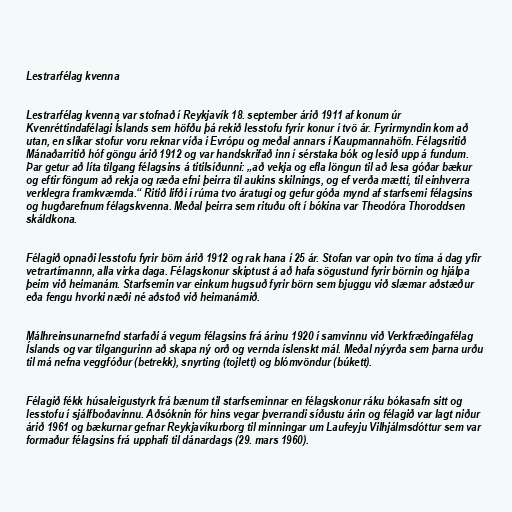
Lestrarfélag kvenna

Lestrarfélag kvenna var stofnað í Reykjavík 18. september árið 1911 af konum úr
Kvenréttindafélagi Íslands sem höfðu þá rekið lesstofu fyrir konur í tvö ár. Fyrirmyndin kom að
utan, en slíkar stofur voru reknar víða í Evrópu og meðal annars í Kaupmannahöfn. Félagsritið
Mánaðarritið hóf göngu árið 1912 og var handskrifað inn í sérstaka bók og lesið upp á fundum.
Þar getur að líta tilgang félagsins á titilsíðunni: „að vekja og efla löngun til að lesa góðar bækur
og eftir föngum að rekja og ræða efni þeirra til aukins skilnings, og ef verða mætti, til einhverra
verklegra framkvæmda.“ Ritið lifði í rúma tvo áratugi og gefur góða mynd af starfsemi félagsins
og hugðarefnum félagskvenna. Meðal þeirra sem rituðu oft í bókina var Theodóra Thoroddsen
skáldkona.

Félagið opnaði lesstofu fyrir börn árið 1912 og rak hana í 25 ár. Stofan var opin tvo tíma á dag yfir
vetrartímannn, alla virka daga. Félagskonur skiptust á að hafa sögustund fyrir börnin og hjálpa
þeim við heimanám. Starfsemin var einkum hugsuð fyrir börn sem bjuggu við slæmar aðstæður
eða fengu hvorki næði né aðstoð við heimanámið.

Málhreinsunarnefnd starfaði á vegum félagsins frá árinu 1920 í samvinnu við Verkfræðingafélag
Íslands og var tilgangurinn að skapa ný orð og vernda íslenskt mál. Meðal nýyrða sem þarna urðu
til má nefna veggfóður (betrekk), snyrting (tojlett) og blómvöndur (búkett).

Félagið fékk húsaleigustyrk frá bænum til starfseminnar en félagskonur ráku bókasafn sitt og
lesstofu í sjálfboðavinnu. Aðsóknin fór hins vegar þverrandi síðustu árin og félagið var lagt niður
árið 1961 og bækurnar gefnar Reykjavíkurborg til minningar um Laufeyju Vilhjálmsdóttur sem var
formaður félagsins frá upphafi til dánardags (29. mars 1960).